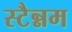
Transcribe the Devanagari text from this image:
स्टैन्नम